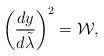
\begin{align*}\left({{dy}\over{d\tilde{\lambda}}}\right)^2={\cal W},\end{align*}